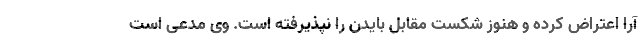
آرا اعتراض کرده و هنوز شکست مقابل بایدن را نپذیرفته است. وی مدعی است